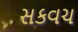
સકવચ